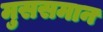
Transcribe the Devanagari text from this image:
मुससमान